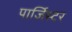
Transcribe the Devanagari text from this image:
पार्जिस्टर